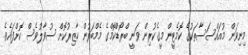
މިނިވަން މުއައްސަސާތަކުގެ ކޮމެޓީން މީގެކުރިން ވަނީ ބްރޯޑްކޮމްގެ މެމްބަރުން ހާޒިރުކޮށް ސުވާލުވެސް ކޮށްފައެވެ.